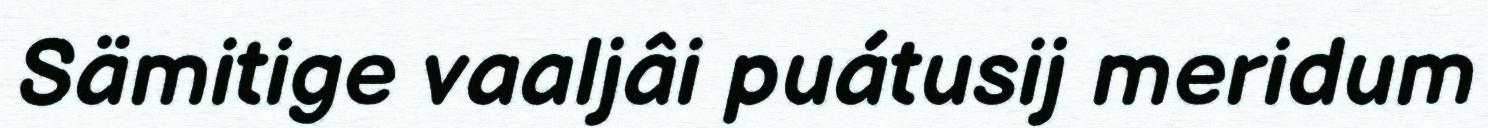
Sämitige vaaljâi puátusij meridum